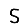
Digit: 5